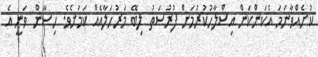
ކުށެއްވާނަމަ އެކަންކަން އިސްލާހުކުރުމަށް ފުރުސަތު ލިބޭ މަރުހަލާއެއް ކަމަށެވެ. ހިސާން ވަނީ އެ